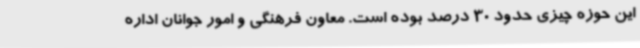
این حوزه چیزی حدود 30 درصد بوده است. معاون فرهنگی و امور جوانان اداره